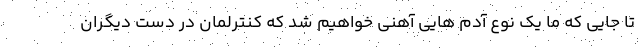
تا جایی که ما یک نوع آدم هایی آهنی خواهیم شد که کنترلمان در دست دیگران